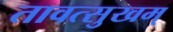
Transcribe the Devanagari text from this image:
तावत्सुखम्